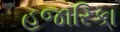
હજારિકા